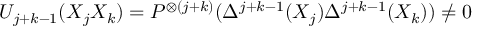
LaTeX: U _ { j + k - 1 } ( X _ { j } X _ { k } ) = P ^ { \otimes ( j + k ) } ( \Delta ^ { j + k - 1 } ( X _ { j } ) \Delta ^ { j + k - 1 } ( X _ { k } ) ) \not = 0